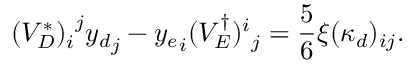
( V _ { D } ^ { * } ) _ { i } ^ { ~ j } { y _ { d } } _ { j } - { y _ { e } } _ { i } ( V _ { E } ^ { \dag } ) _ { ~ j } ^ { i } = \frac { 5 } { 6 } \xi ( \kappa _ { d } ) _ { i j } .